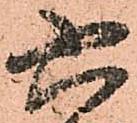
六